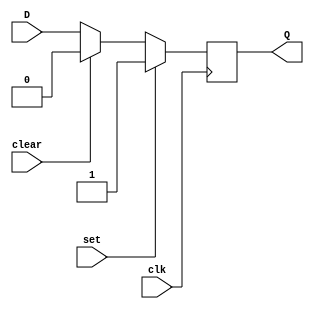
module d_ff (
    input wire clk,
    input wire set,
    input wire clear,
    input wire D,
    output reg Q
);

always @(posedge clk) begin
    if(set)
        Q <= 1'b1;
    else if(clear)
        Q <= 1'b0;
    else
        Q <= D;
end

endmodule